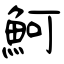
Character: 魺